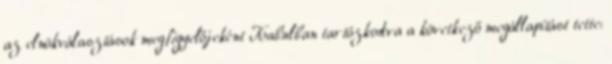
az elnökválasztások megfigyelőjeként Kabulban tartózkodva a következő megállapítást tette: